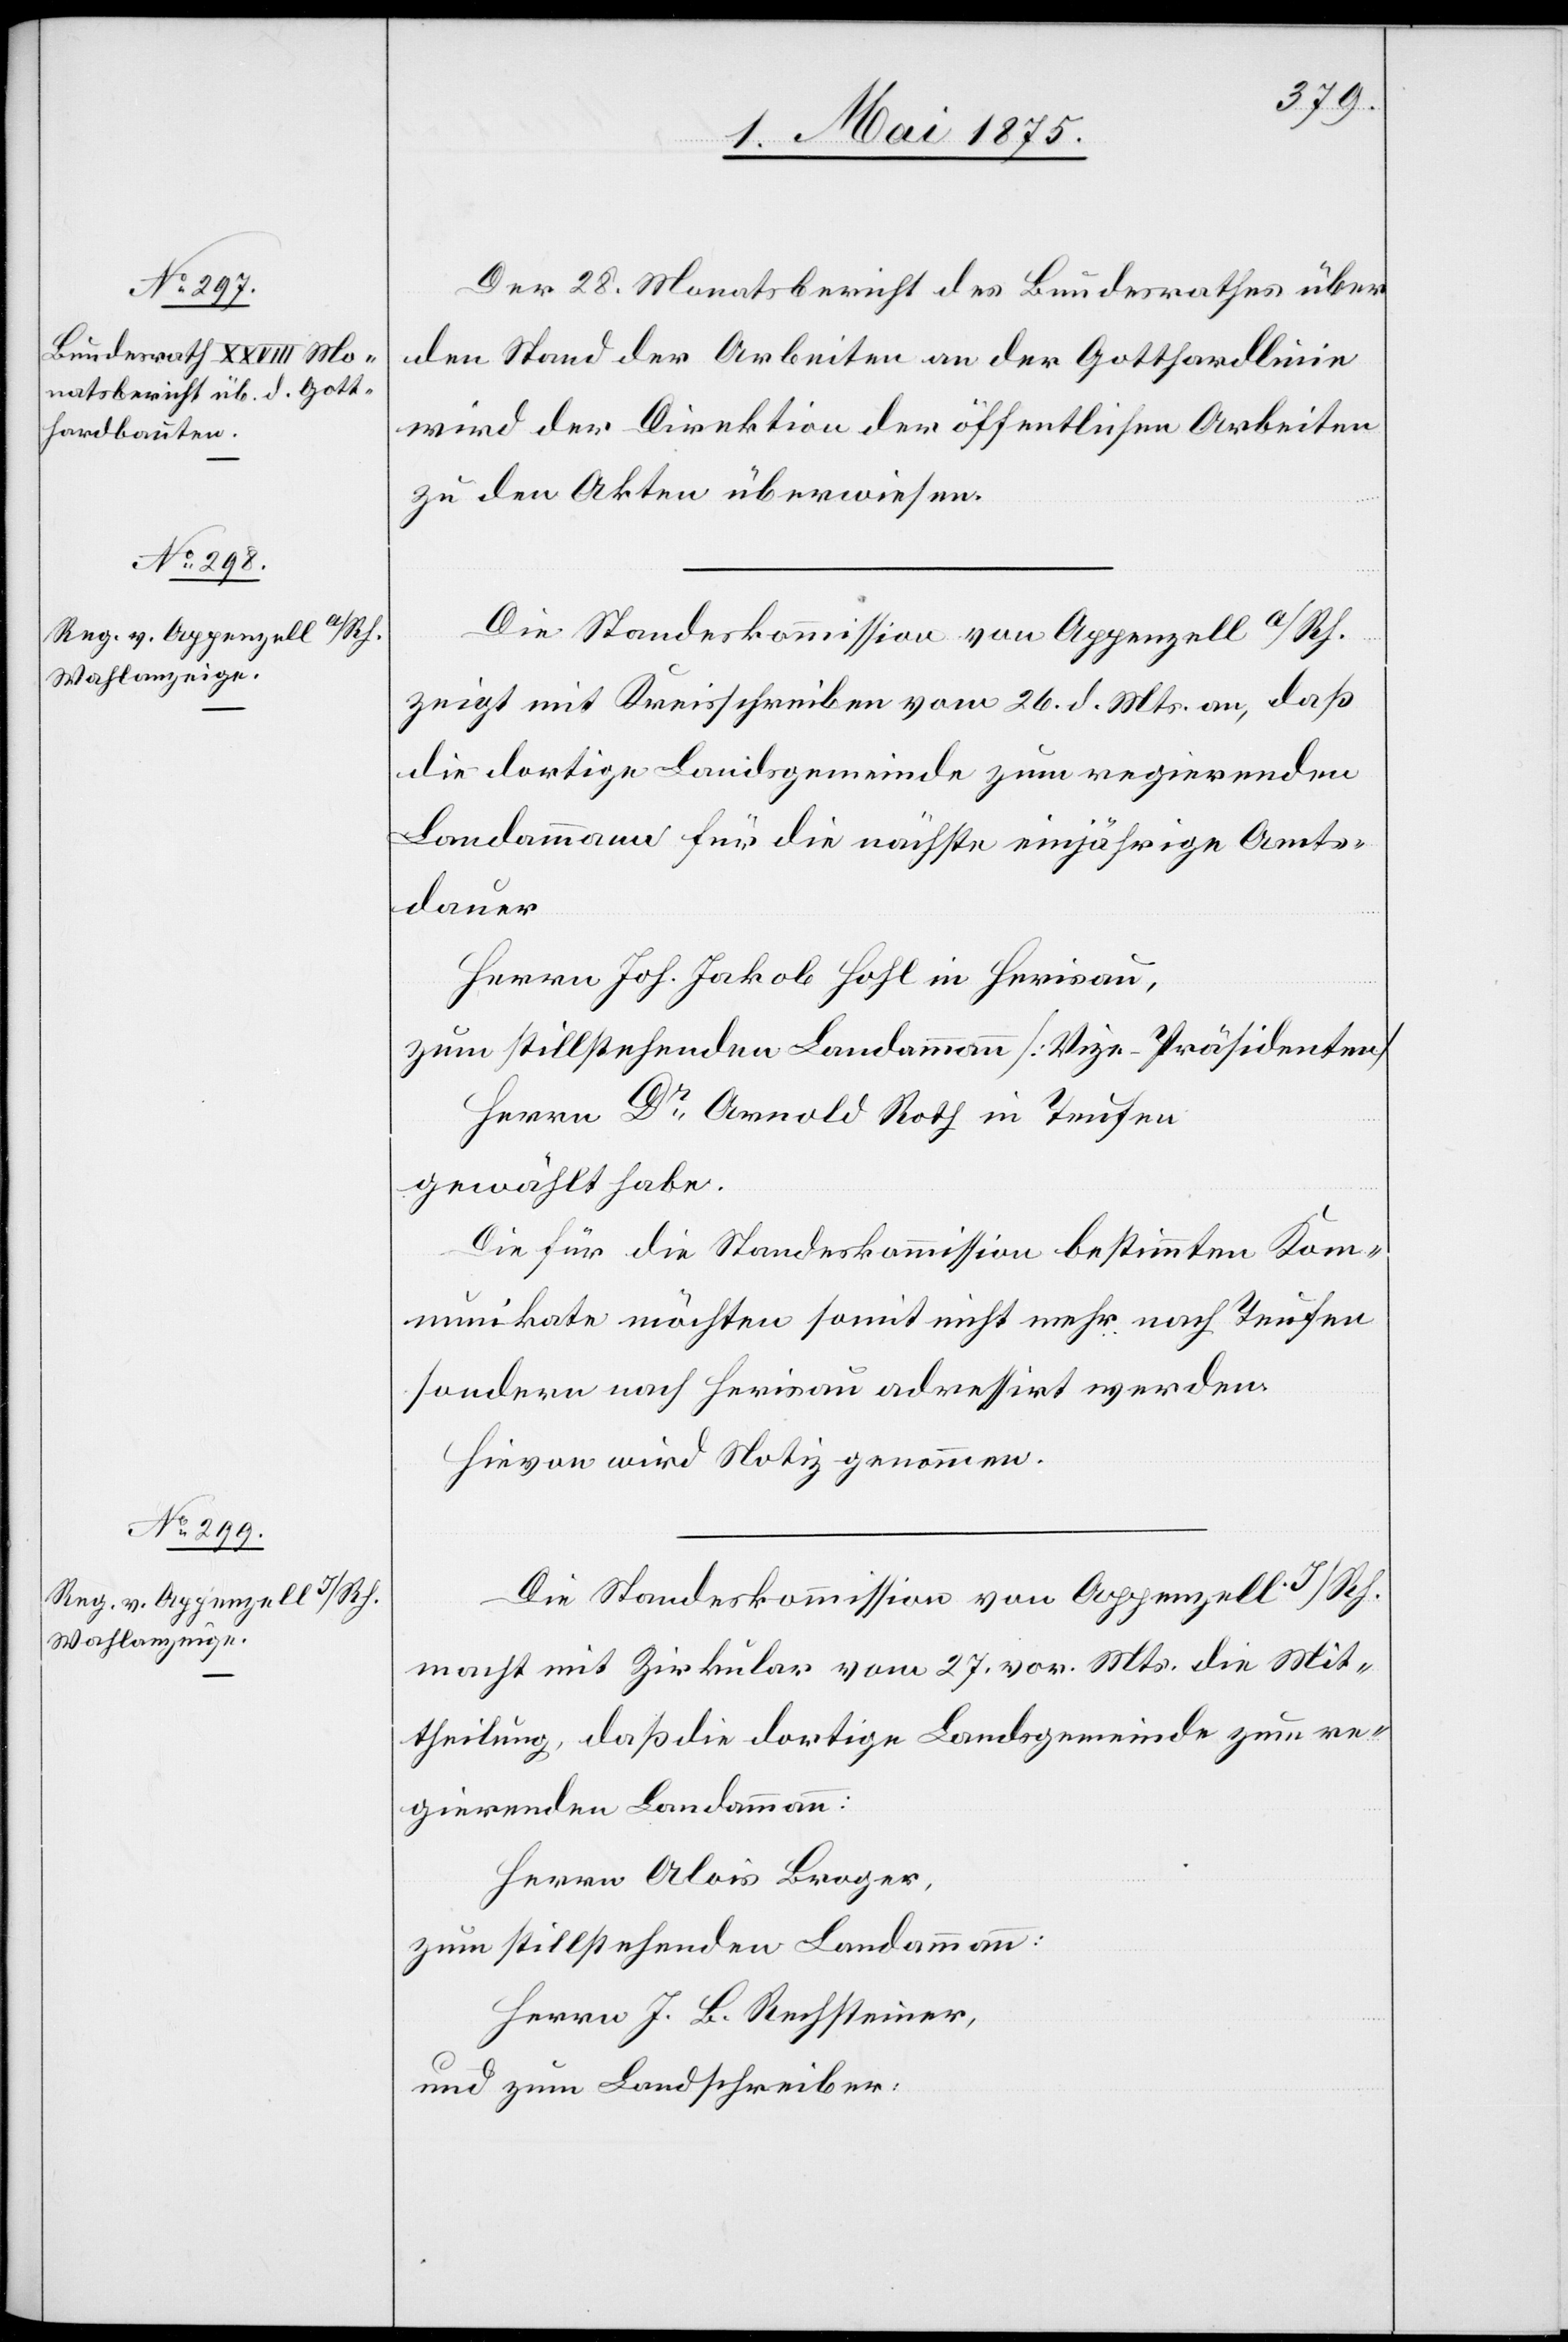
Der 28. Monatsbericht des Bundesrathes über
den Stand der Arbeiten an der Gotthardlinie
wird der Direktion der öffentlichen Arbeiten
zu den Akten überwiesen.
Die Standeskommission von Appenzell a/Rh.
zeigt mit Kreisschreiben vom 26. d. Mts. an, daß
die dortige Landsgemeinde zum regierenden
Landammann für die nächste einjährige Amtss¬
dauer
Herrn Joh. Jakob Hohl in Herisau,
zum stillstehenden Landammann [Vize-Präsidenten]
Herrn Dr. Arnold Roth in Teufen
gewählt habe.
Die für die Standeskommission bestimmten Kom¬
munikate möchten somit nicht mehr nach Teufen
sondern nach Herisau adressirt werden.
Hievon wird Notiz genommen.
Die Standeskommission von Appenzell I/Rh.
macht mit Zirkular vom 27. vor. Mts. die Mit¬
theilung, daß die dortige Landsgemeinde zum re¬
gierenden Landammann:
Herrn Alois Broger,
zum stillstehenden Landammann:
Herrn J. B. Rechsteiner,
und zum Landschreiber: